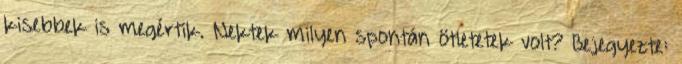
kisebbek is megértik. Nektek milyen spontán ötletetek volt? Bejegyezte: